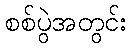
စစ်ပွဲအတွင်း